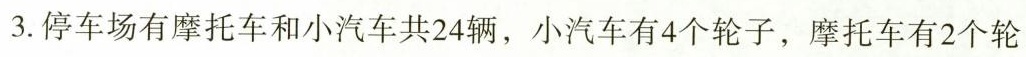
3.停车场有摩托车和小汽车共24辆，小汽车有4个轮子，摩托车有2个轮